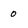
Character: 0